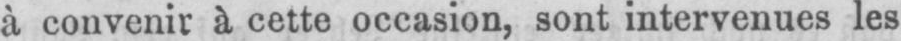
à convenir à cette occasion, sont intervenues les